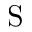
\mathrm { S }